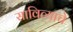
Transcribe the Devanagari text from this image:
सावित्याचे